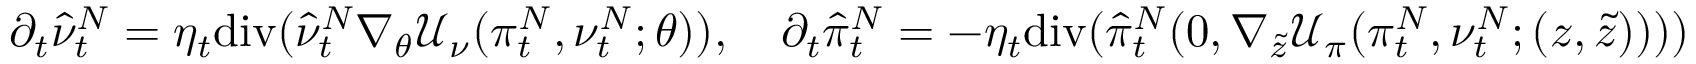
\partial _ { t } \hat { \nu } _ { t } ^ { N } = \eta _ { t } \mathrm { d i v } ( \hat { \nu } _ { t } ^ { N } \nabla _ { \theta } \mathcal { U } _ { \nu } ( \pi _ { t } ^ { N } , \nu _ { t } ^ { N } ; \theta ) ) , \quad \partial _ { t } \hat { \pi } _ { t } ^ { N } = - \eta _ { t } \mathrm { d i v } ( \hat { \pi } _ { t } ^ { N } ( 0 , \nabla _ { \tilde { z } } \mathcal { U } _ { \pi } ( \pi _ { t } ^ { N } , \nu _ { t } ^ { N } ; ( z , \tilde { z } ) ) ) )